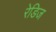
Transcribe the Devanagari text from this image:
रेडिज